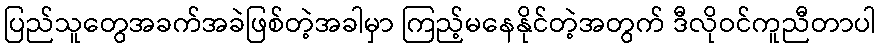
ပြည်သူတွေအခက်အခဲဖြစ်တဲ့အခါမှာ ကြည့်မနေနိုင်တဲ့အတွက် ဒီလိုဝင်ကူညီတာပါ